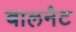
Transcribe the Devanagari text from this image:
बालनैट